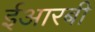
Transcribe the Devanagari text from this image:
ईआरबी